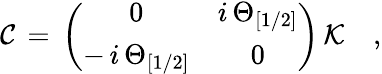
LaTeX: {\cal C}\, =\, \left(\begin{array}{cc}{{0}}&{{i\, \Theta_{[1/2]}}}\\ {{-\, i\, \Theta_{[1/2]}}}&{{0}}\end{array}\right)\, {\cal K}\quad,